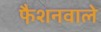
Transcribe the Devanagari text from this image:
फै़शनवाले